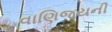
વાણિજયની